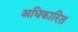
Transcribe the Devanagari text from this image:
अधिकारित